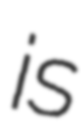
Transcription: is